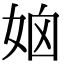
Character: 𡜧